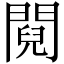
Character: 䦧